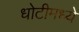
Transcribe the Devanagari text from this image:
धोटीमध्ये